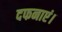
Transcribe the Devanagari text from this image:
दफनाएं।